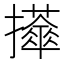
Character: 𢹕